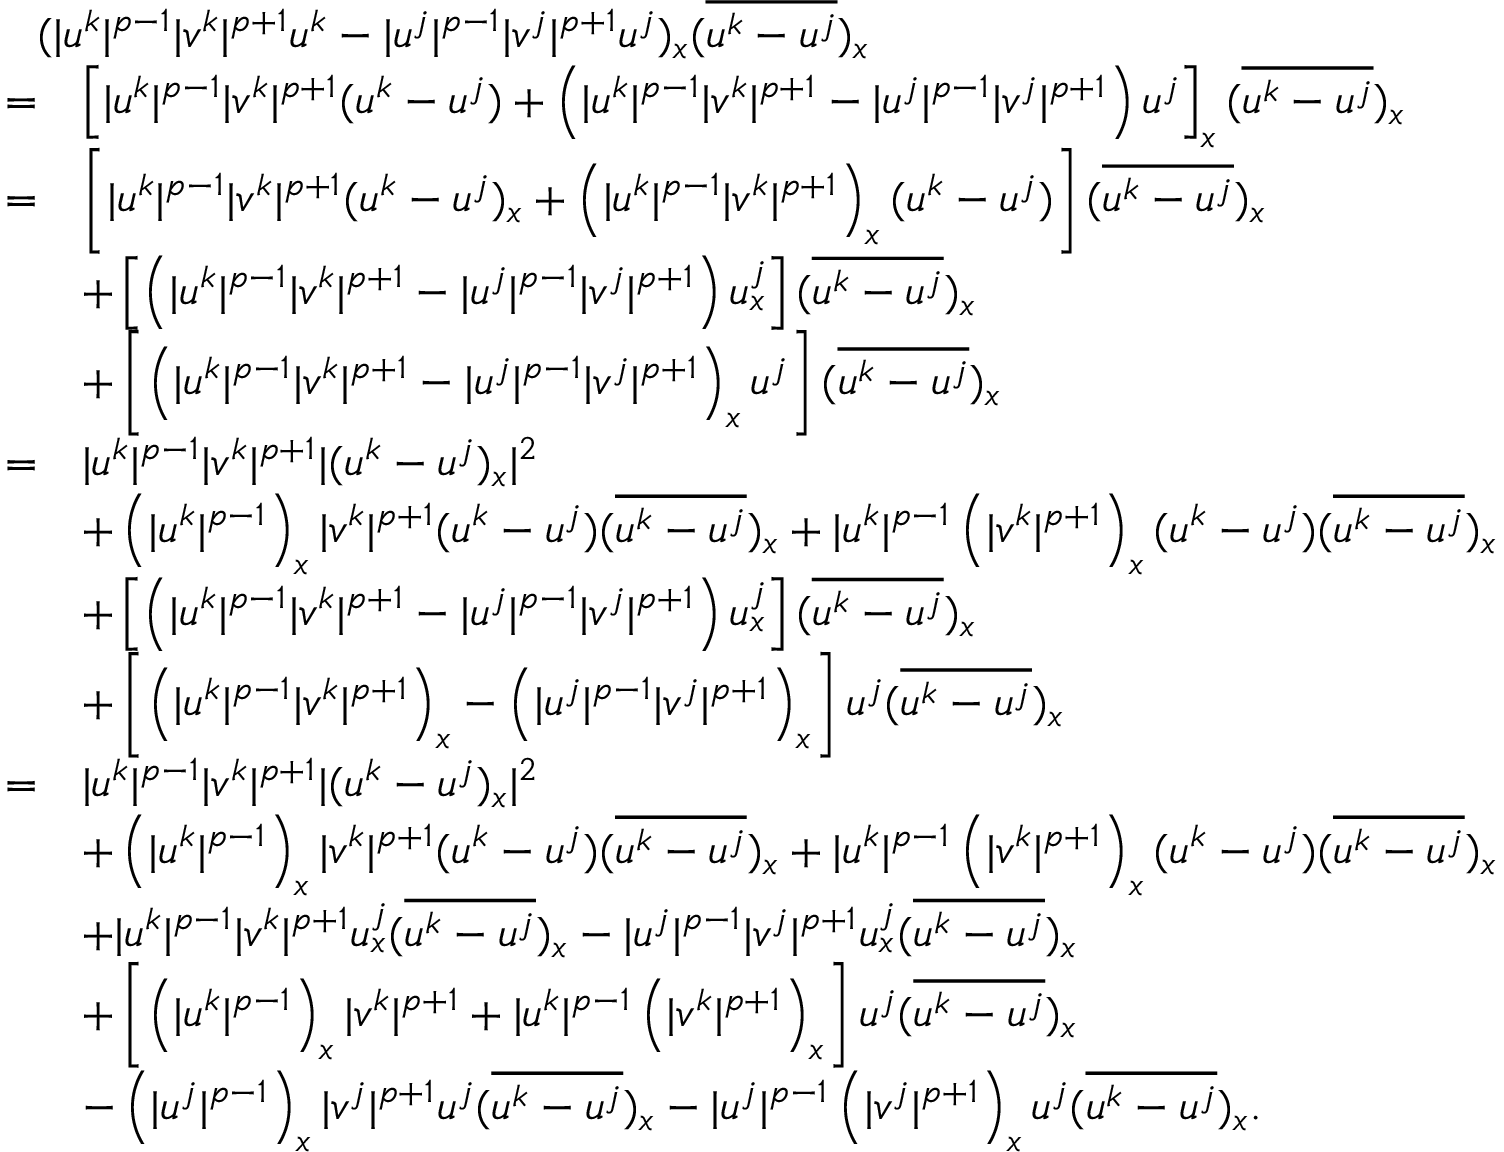
\begin{array} { r l } { \lefteqn { ( | u ^ { k } | ^ { p - 1 } | v ^ { k } | ^ { p + 1 } u ^ { k } - | u ^ { j } | ^ { p - 1 } | v ^ { j } | ^ { p + 1 } u ^ { j } ) _ { x } ( \overline { { u ^ { k } - u ^ { j } } } ) _ { x } } } \\ { = } & { \left[ | u ^ { k } | ^ { p - 1 } | v ^ { k } | ^ { p + 1 } ( u ^ { k } - u ^ { j } ) + \left( | u ^ { k } | ^ { p - 1 } | v ^ { k } | ^ { p + 1 } - | u ^ { j } | ^ { p - 1 } | v ^ { j } | ^ { p + 1 } \right) u ^ { j } \right] _ { x } ( \overline { { u ^ { k } - u ^ { j } } } ) _ { x } } \\ { = } & { \left[ | u ^ { k } | ^ { p - 1 } | v ^ { k } | ^ { p + 1 } ( u ^ { k } - u ^ { j } ) _ { x } + \left( | u ^ { k } | ^ { p - 1 } | v ^ { k } | ^ { p + 1 } \right) _ { x } ( u ^ { k } - u ^ { j } ) \right] ( \overline { { u ^ { k } - u ^ { j } } } ) _ { x } } \\ & { + \left[ \left( | u ^ { k } | ^ { p - 1 } | v ^ { k } | ^ { p + 1 } - | u ^ { j } | ^ { p - 1 } | v ^ { j } | ^ { p + 1 } \right) u _ { x } ^ { j } \right] ( \overline { { u ^ { k } - u ^ { j } } } ) _ { x } } \\ & { + \left[ \left( | u ^ { k } | ^ { p - 1 } | v ^ { k } | ^ { p + 1 } - | u ^ { j } | ^ { p - 1 } | v ^ { j } | ^ { p + 1 } \right) _ { x } u ^ { j } \right] ( \overline { { u ^ { k } - u ^ { j } } } ) _ { x } } \\ { = } & { | u ^ { k } | ^ { p - 1 } | v ^ { k } | ^ { p + 1 } | ( u ^ { k } - u ^ { j } ) _ { x } | ^ { 2 } } \\ & { + \left( | u ^ { k } | ^ { p - 1 } \right) _ { x } | v ^ { k } | ^ { p + 1 } ( u ^ { k } - u ^ { j } ) ( \overline { { u ^ { k } - u ^ { j } } } ) _ { x } + | u ^ { k } | ^ { p - 1 } \left( | v ^ { k } | ^ { p + 1 } \right) _ { x } ( u ^ { k } - u ^ { j } ) ( \overline { { u ^ { k } - u ^ { j } } } ) _ { x } } \\ & { + \left[ \left( | u ^ { k } | ^ { p - 1 } | v ^ { k } | ^ { p + 1 } - | u ^ { j } | ^ { p - 1 } | v ^ { j } | ^ { p + 1 } \right) u _ { x } ^ { j } \right] ( \overline { { u ^ { k } - u ^ { j } } } ) _ { x } } \\ & { + \left[ \left( | u ^ { k } | ^ { p - 1 } | v ^ { k } | ^ { p + 1 } \right) _ { x } - \left( | u ^ { j } | ^ { p - 1 } | v ^ { j } | ^ { p + 1 } \right) _ { x } \right] u ^ { j } ( \overline { { u ^ { k } - u ^ { j } } } ) _ { x } } \\ { = } & { | u ^ { k } | ^ { p - 1 } | v ^ { k } | ^ { p + 1 } | ( u ^ { k } - u ^ { j } ) _ { x } | ^ { 2 } } \\ & { + \left( | u ^ { k } | ^ { p - 1 } \right) _ { x } | v ^ { k } | ^ { p + 1 } ( u ^ { k } - u ^ { j } ) ( \overline { { u ^ { k } - u ^ { j } } } ) _ { x } + | u ^ { k } | ^ { p - 1 } \left( | v ^ { k } | ^ { p + 1 } \right) _ { x } ( u ^ { k } - u ^ { j } ) ( \overline { { u ^ { k } - u ^ { j } } } ) _ { x } } \\ & { + | u ^ { k } | ^ { p - 1 } | v ^ { k } | ^ { p + 1 } u _ { x } ^ { j } ( \overline { { u ^ { k } - u ^ { j } } } ) _ { x } - | u ^ { j } | ^ { p - 1 } | v ^ { j } | ^ { p + 1 } u _ { x } ^ { j } ( \overline { { u ^ { k } - u ^ { j } } } ) _ { x } } \\ & { + \left[ \left( | u ^ { k } | ^ { p - 1 } \right) _ { x } | v ^ { k } | ^ { p + 1 } + | u ^ { k } | ^ { p - 1 } \left( | v ^ { k } | ^ { p + 1 } \right) _ { x } \right] u ^ { j } ( \overline { { u ^ { k } - u ^ { j } } } ) _ { x } } \\ & { - \left( | u ^ { j } | ^ { p - 1 } \right) _ { x } | v ^ { j } | ^ { p + 1 } u ^ { j } ( \overline { { u ^ { k } - u ^ { j } } } ) _ { x } - | u ^ { j } | ^ { p - 1 } \left( | v ^ { j } | ^ { p + 1 } \right) _ { x } u ^ { j } ( \overline { { u ^ { k } - u ^ { j } } } ) _ { x } . } \end{array}